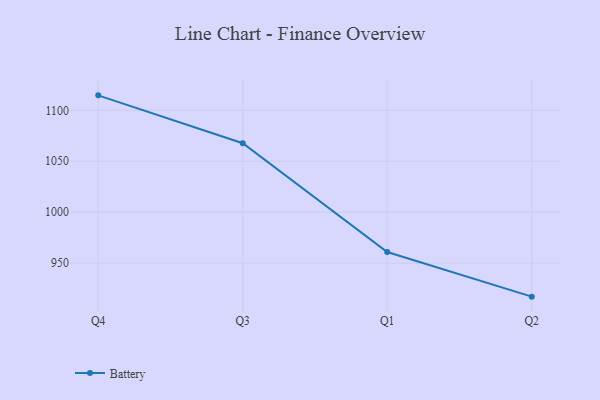
{"axis": {"x": "Quarter", "y": "Backlog"}, "legend": ["Battery"], "data": [{"x": "Q4", "y": 1114.7, "type": "Battery"}, {"x": "Q3", "y": 1067.7, "type": "Battery"}, {"x": "Q1", "y": 960.9, "type": "Battery"}, {"x": "Q2", "y": 917.1, "type": "Battery"}]}